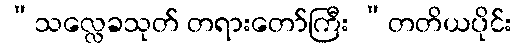
“သလ္လေခသုတ် တရားတော်ကြီး ”တတိယပိုင်း